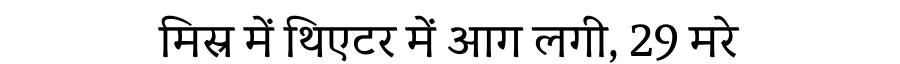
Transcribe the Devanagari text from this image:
मिस्र में थिएटर में आग लगी, 29 मरे